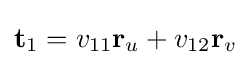
\mathbf {t} _{1}=v_{11}\mathbf {r} _{u}+v_{12}\mathbf {r} _{v}